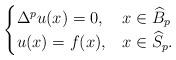
LaTeX: \begin{align*} \begin{cases} \Delta^pu(x)=0, & x\in \widehat{B}_p \\ u(x)=f(x), & \mbox{} x\in \widehat{S}_p. \end{cases} \end{align*}